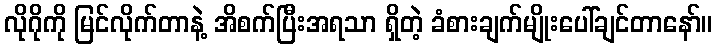
လိုဂိုကို မြင်လိုက်တာနဲ့ အိစက်ပြီးအရသာ ရှိတဲ့ ခံစားချက်မျိုးပေါ်ချင်တာနော်။